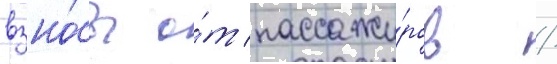
взно́сы о́т пассажи́ров /